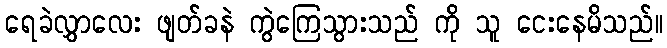
ရေခဲလွှာလေး ဖျတ်ခနဲ ကွဲကြေသွားသည် ကို သူ ငေးနေမိသည်။